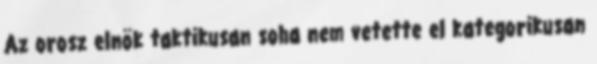
Az orosz elnök taktikusan soha nem vetette el kategorikusan